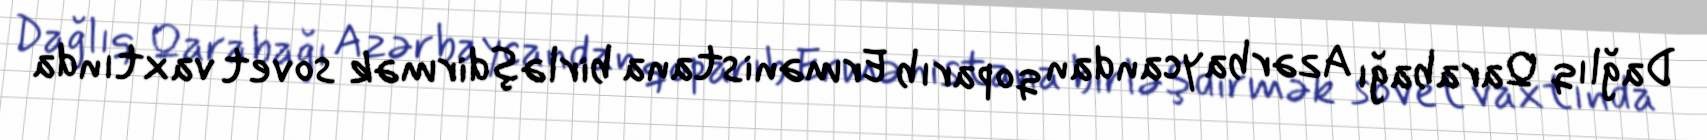
Dağlıq Qarabağı Azərbaycandan qoparıb Ermənistana birləşdirmək sovet vaxtında